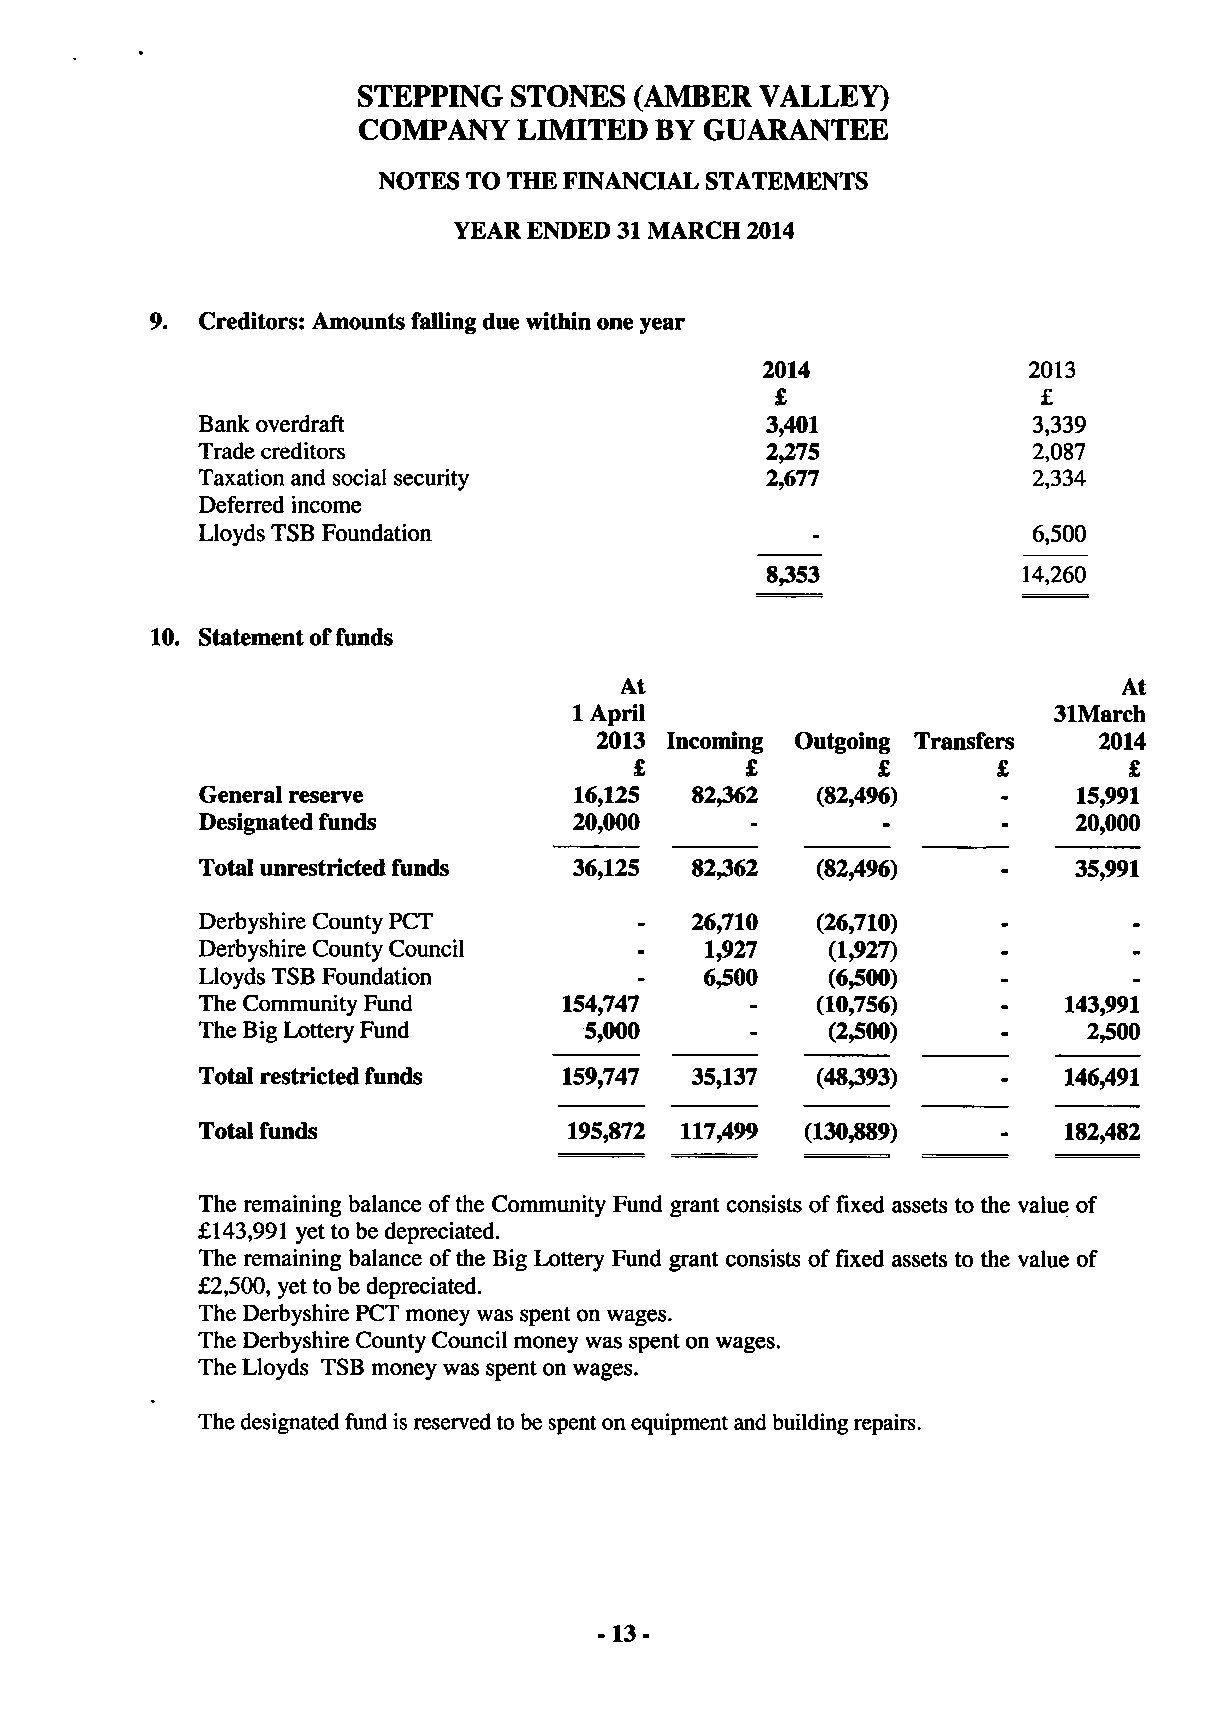
STEPPING  STONES  (AMBER  VALLEY)
 COMPANY   LIMITED  BY  GUARANTEE
 NOTES TO THE FINANCIAL STATEMENTS
 YEAR ENDED 31 MARCH 2014
 9. Creditors: Amounts falling due within one year
 2014              2013
 £                 £
 Bank overdraft                        3,401            3,339
 Trade creditors                       2,275            2,087
 Taxation and social security          2,677            2,334
 Deferred income
 Lloyds TSB Foundation                                  6,500
 8,353            14,260
 10. Statement of funds
 At                               At
 1 April                         31March
 2013 Incoming Outgoing Transfers  2014
 £      £        £       £        £
 General reserve          16,125  82^62   (82,496)    -    15,991
 Designated funds         20,000      -       -       -    20,000
 Total unrestricted funds 36,125  82,362  (82,496)    -    35,991
 Derbyshire County PCT            26,710  (26,710)
 Derbyshire County Council    -    1,927   (1,927)    -
 Lloyds TSB Foundation        -    6,500   (6,500)    -
 The Community Fund      154,747      -   (10,756)    -   143,991
 The Big Lottery Fund      5,000      -    (2,500)    -     2,500
 Total restricted funds  159,747  35,137  (48,393)    -   146,491
 Total funds              195,872 117,499 (130,889)       182,482
 The remaining balance of the Community Fund grant consists of fixed assets to the value of
 £143,991 yet to be depreciated.
 The remaining balance of the Big Lottery Fund grant consists of fixed assets to the value of
 £2,500, yet to be depreciated.
 The Derbyshire PCT money was spent on wages.
 The Derbyshire County Council money was spent on wages.
 The Lloyds TSB money was spent on wages.
 The designated fund is reserved to be spent on equipment and building repairs.
 -13-